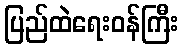
ပြည်ထဲရေးဝန်ကြီး